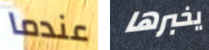
عندما يخبرها